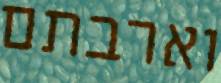
וארבתם